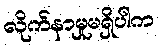
လိုက်နာမှုမရှိပါက